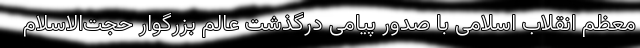
معظم انقلاب اسلامی با صدور پیامی درگذشت عالم بزرگوار حجت‌الاسلام